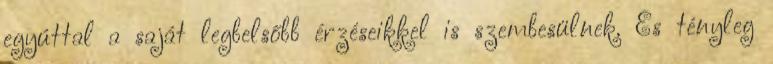
egyúttal a saját legbelsőbb érzéseikkel is szembesülnek. És tényleg